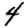
Digit: 4